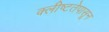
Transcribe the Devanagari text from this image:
क्लीष्टतेपासून